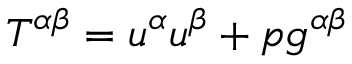
{ \cal T } ^ { \alpha \beta } = u ^ { \alpha } u ^ { \beta } + p g ^ { \alpha \beta }